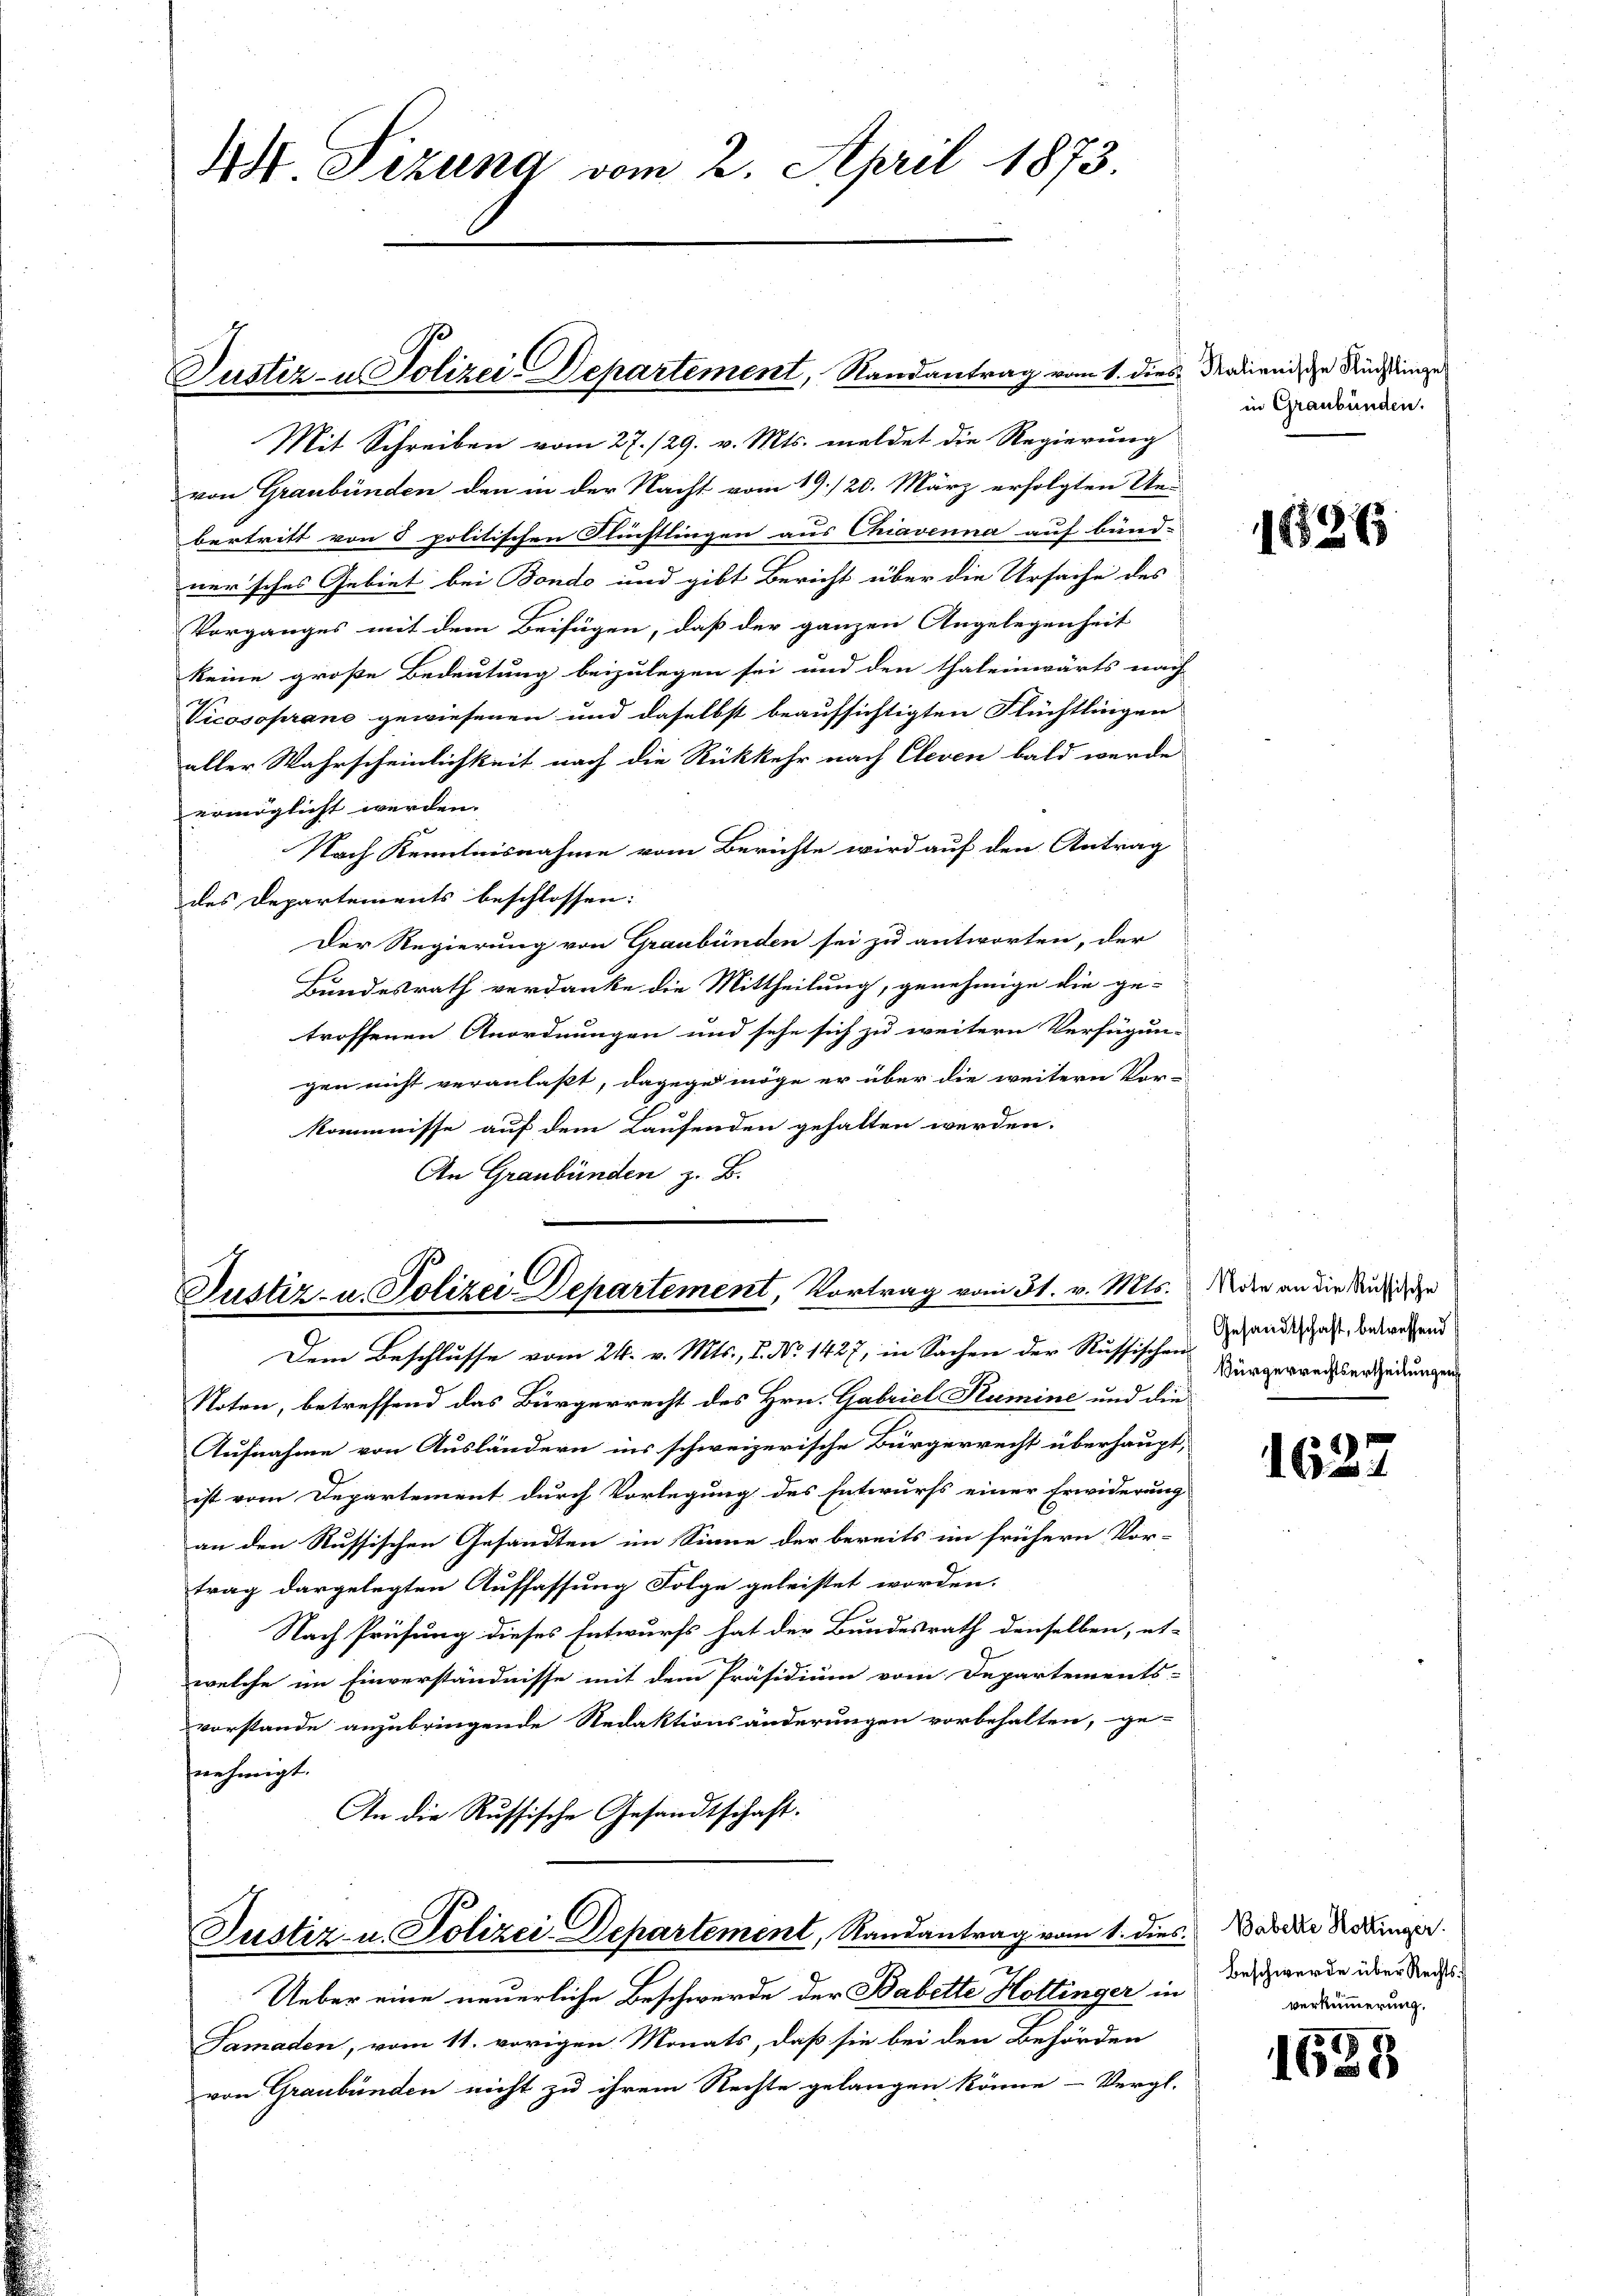
1 Lizung vom 2. April 1873.

Mit Schreiben vom 27./29. v. Mts. meldet die Regierung
von Graubünden den in der Nacht vom 19./20. März erfolgten Un-
bertritt von 8 politischen Fliestlingen aus Chiavenna auf bund-
ner’sches Gebiet bei Bondo und gibt Bericht über die Ursache des
Vorganges mit dem Beifügen, daß der ganzen Angelegenheit
keine große Bedeutung beizulegen sei und den thaleinwärts nach
Vicosoprane gewiesenen und daselbst beaufsichtigten Flüchtlingen
aller Wahrscheinlichkeit nach die Rückkehr nach Cleven bald wurde
ermöglicht werden.
Nach Kenntnisnahme vom Berichte wird auf den Antrag
des Departements beschlossen:
Der Regierung von Graubünden sei zu antworten, der
Bundesrath verdanke die Mittheilung, genehmige die ge-
troffenen Anordnungen und sehe sich zu weitern Verfügun-
gen nicht veranlaßt, dagegen möge er über die weitern Vor-
kommnisse auf dem Laufenden gehalten werden.
An Graubünden z. B.

Justiz- u Polizei-Departement, Randantrag vom 1. dies Nadirnis zu Rücktringe

Justiz- u. Polizei-Departement, Vortrag vom 31. v. Mts. der an die Siche

Dem Beschlusse vom 24. v. Mts., 1. No 1427, in Sachen der Russischen
Noten, betreffend das Bürgerrecht des Hrn. Gabriel Rumine und die
Aufnahme von Ausländern ins schweizerische Bürgerrecht überhaupt,
ist vom Departement durch Vorlegung des Entwurfs einer Erwiderung
an den Russischen Gesandten im Sinne der bereits im frühern Vor-
trag dargelegten Auffassung Folge geleistet worden.
Nach Prüfung dieses Entwurfs hat der Bundesrath denselben, et-
welche im Einverständnisse mit dem Präsidium vom Departements-
vorstande anzubringende Redaktionsänderungen vorbehalten, ge-
nehmigt.
An die Russische Gesandtschaft.
Justiz- u. Polizei-Departement, Randantrag vom 1. dies Was der Nein.
Ueber eine neuerliche Beschwerde der Babette Hottinger in
Samaden, vom 11. vorigen Monats, daß sie bei den Behörden
von Graubünden nicht zu ihrem Rechte gelangen könne - Vergl.

in Graubünden.

1626

Gesandtschaft, betreffend
Bürgerrechtsertheilungen

1627

Beschwerde über Rechtsverkümmerung.

1628